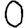
Digit: 0